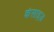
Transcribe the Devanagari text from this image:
कंसाइज़